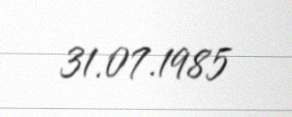
31.07.1985